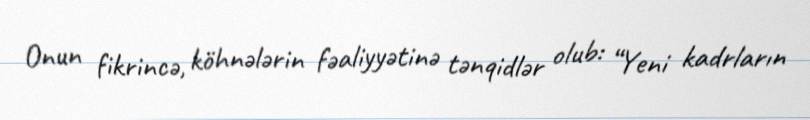
Onun fikrincə, köhnələrin fəaliyyətinə tənqidlər olub: “Yeni kadrların